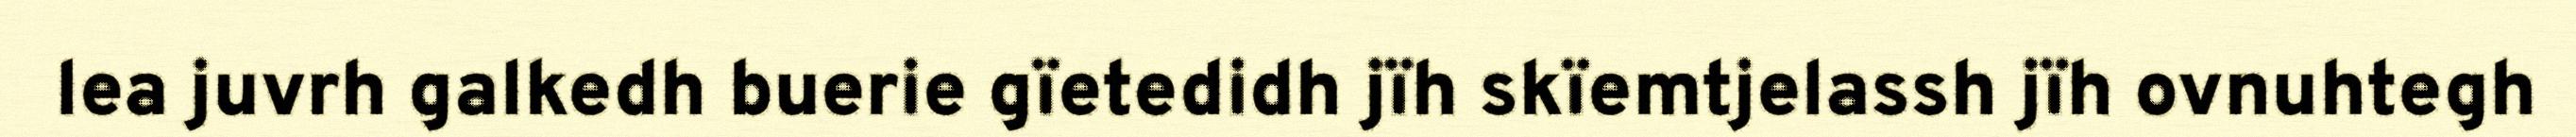
lea juvrh galkedh buerie gïetedidh jïh skïemtjelassh jïh ovnuhtegh